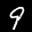
Label: 9